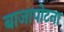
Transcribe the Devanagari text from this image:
बाजापोटना